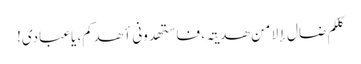
کلکم ضال إلا من ھدیتہ، فاستھدونی أھدکم، یاعبادی!